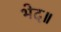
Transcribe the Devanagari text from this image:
भेद॥